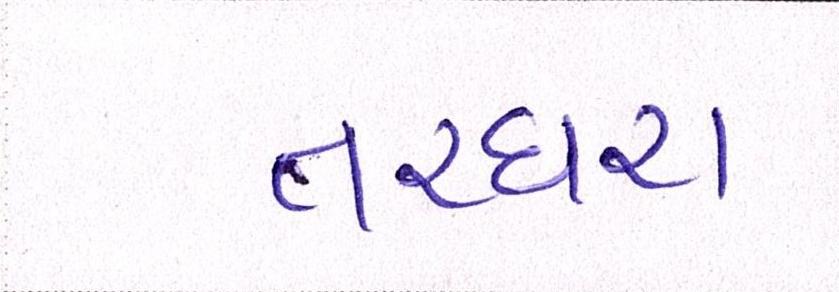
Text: તરઘરા